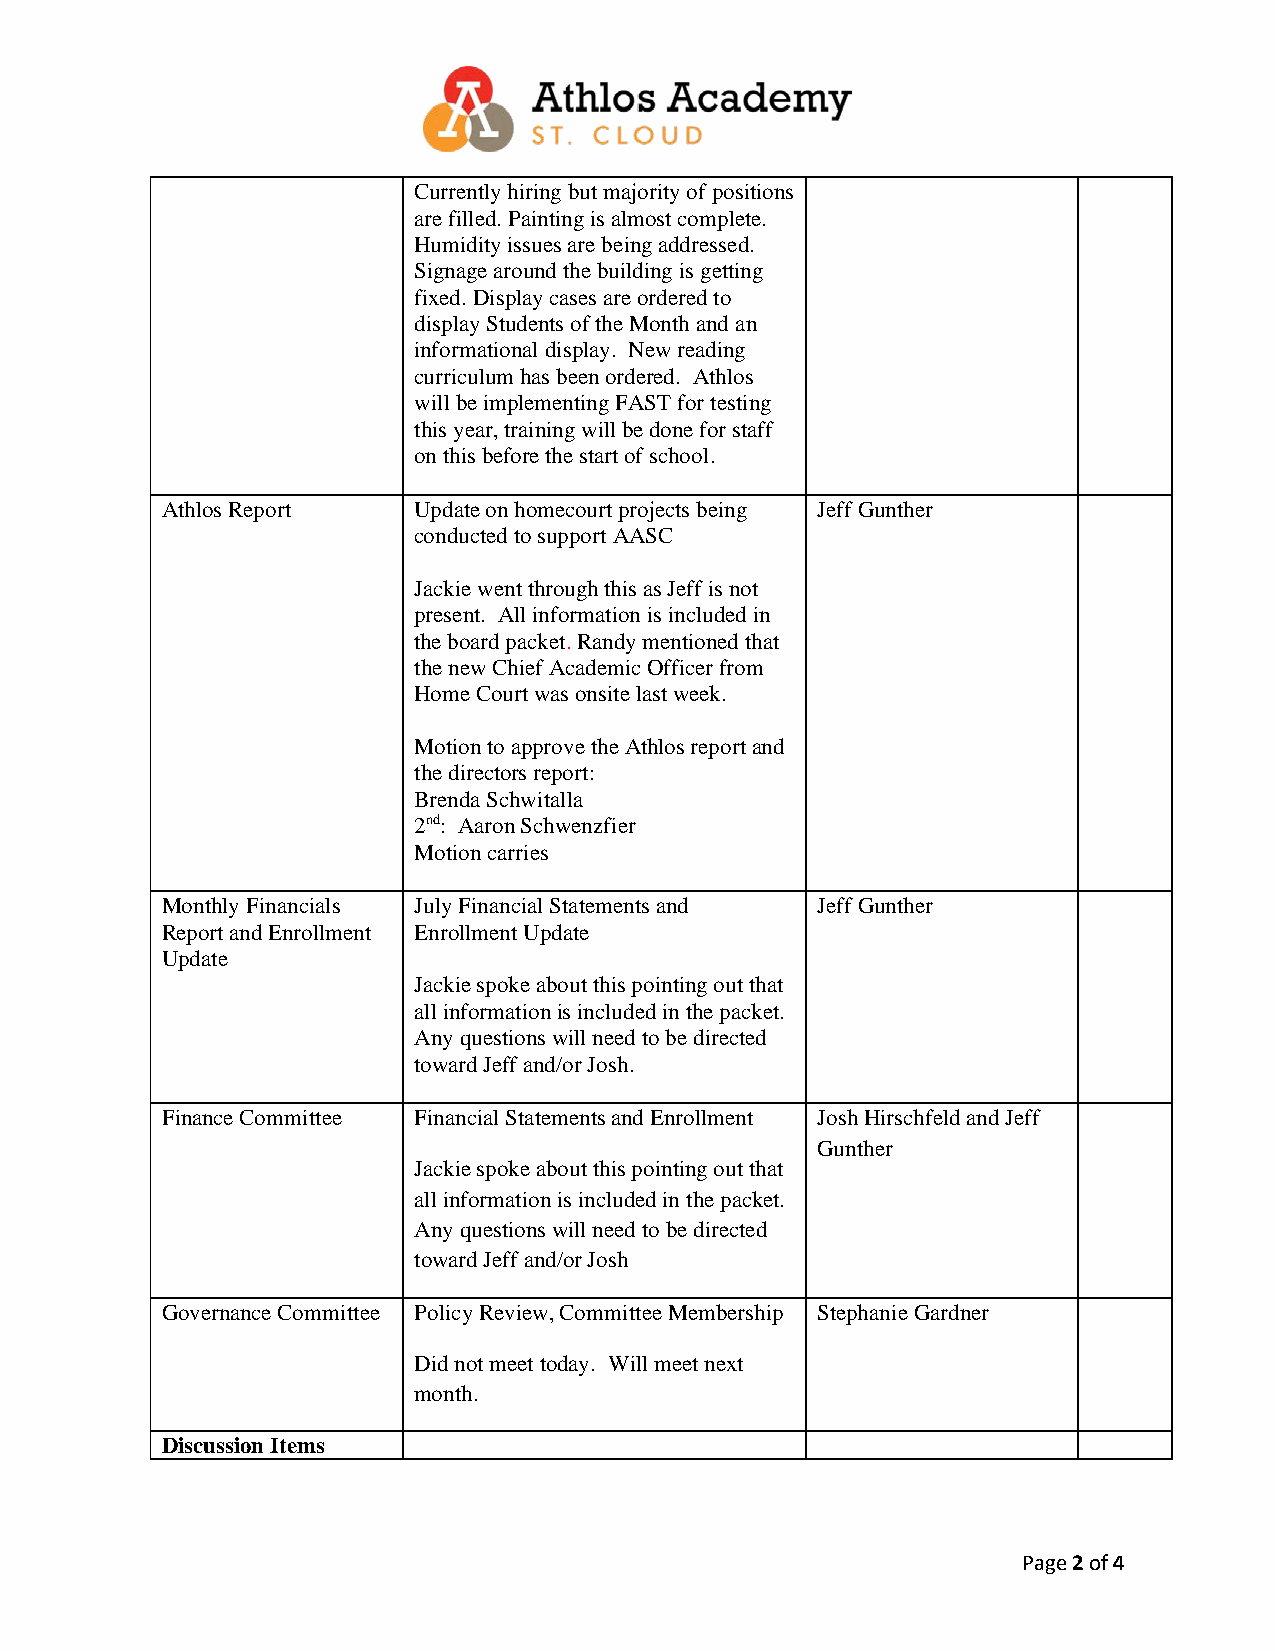
Currently hiring but majority of positions
 are filled. Painting is almost complete.
 Humidity issues are being addressed.
 Signage around the building is getting
 fixed. Display cases are ordered to
 display Students of the Month and an
 informational display. New reading
 curriculum has been ordered. Athlos
 will be implementing FAST for testing
 this year, training will be done for staff
 on this before the start of school.
 Athlos Report   Update on homecourt projects being Jeff Gunther
 conducted to support AASC
 Jackie went through this as Jeff is not
 present. All information is included in
 the board packet. Randy mentioned that
 the new Chief Academic Officer from
 Home Court was onsite last week.
 Motion to approve the Athlos report and
 the directors report:
 Brenda Schwitalla
 2nd: Aaron Schwenzfier
 Motion carries
 Monthly Financials July Financial Statements and Jeff Gunther
 Report and Enrollment Enrollment Update
 Update
 Jackie spoke about this pointing out that
 all information is included in the packet.
 Any questions will need to be directed
 toward Jeff and/or Josh.
 Finance Committee Financial Statements and Enrollment Josh Hirschfeld and Jeff
 Gunther
 Jackie spoke about this pointing out that
 all information is included in the packet.
 Any questions will need to be directed
 toward Jeff and/or Josh
 Governance Committee Policy Review, Committee Membership Stephanie Gardner
 Did not meet today. Will meet next
 month.
 Discussion Items
 Page 2 of 4